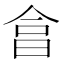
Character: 𣌭